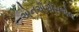
એનએએસએલ